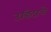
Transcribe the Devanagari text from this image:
उडिदाचे